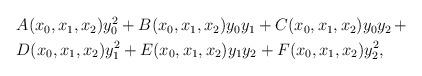
LaTeX: \begin{align*}\begin{aligned}& A(x_0, x_1, x_2)y_0^2 + B(x_0, x_1, x_2)y_0y_1 + C(x_0,x_1,x_2)y_0y_2 \, + \\& D(x_0, x_1, x_2)y_1^2 + E(x_0, x_1, x_2)y_1y_2 + F(x_0,x_1,x_2)y_2^2, \end{aligned} \end{align*}